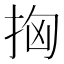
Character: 𢫤